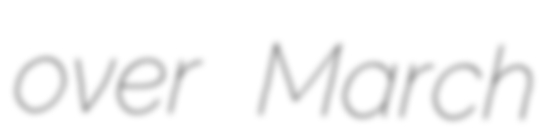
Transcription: over March